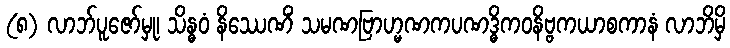
(၈) လာဘ်ပူဇော်မှု၊ သိန္ဓဝံ နိဿေဏိံ သမဏဗြာဟ္မဏကပဏဒ္ဓိကဝနိဗ္ဗကယာစကာနံ လာဘိမှိ